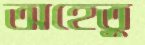
অহেতু